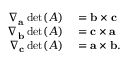
\begin{array} { r l } { \nabla _ { \mathbf { a } } \operatorname* { d e t } ( A ) } & { { } = \mathbf { b } \times \mathbf { c } } \\ { \nabla _ { \mathbf { b } } \operatorname* { d e t } ( A ) } & { { } = \mathbf { c } \times \mathbf { a } } \\ { \nabla _ { \mathbf { c } } \operatorname* { d e t } ( A ) } & { { } = \mathbf { a } \times \mathbf { b } . } \end{array}